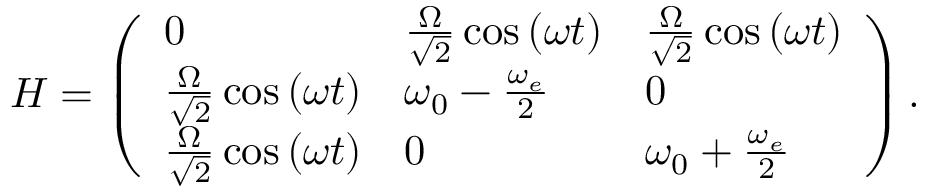
\begin{array} { r } { H = \left( \begin{array} { l l l } { 0 } & { { \frac { \Omega } { \sqrt { 2 } } \cos \left( \omega t \right) } } & { { \frac { \Omega } { \sqrt { 2 } } \cos \left( \omega t \right) } } \\ { { \frac { \Omega } { \sqrt { 2 } } \cos \left( \omega t \right) } } & { \omega _ { 0 } - \frac { \omega _ { e } } { 2 } } & { 0 } \\ { { \frac { \Omega } { \sqrt { 2 } } \cos \left( \omega t \right) } } & { 0 } & { \omega _ { 0 } + \frac { \omega _ { e } } { 2 } } \end{array} \right) . } \end{array}